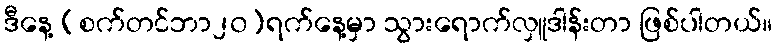
ဒီနေ့ (စက်တင်ဘာ၂၀)ရက်နေ့မှာ သွားရောက်လှူဒါန်းတာ ဖြစ်ပါတယ်။